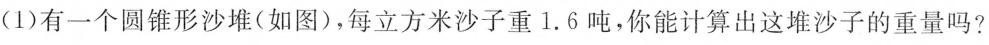
(1)有一个圆锥形沙堆(如图)，每立方米沙子重1.6吨，你能计算出这堆沙子的重量吗?